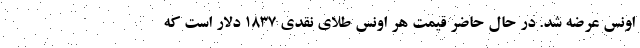
اونس عرضه شد. در حال حاضر قیمت هر اونس طلای نقدی ۱۸۳۷ دلار است که